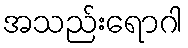
အသည်းရောဂါ